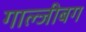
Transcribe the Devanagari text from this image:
गाल्जीबग